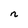
Character: n